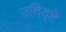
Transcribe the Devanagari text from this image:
उदिद्ष्टे